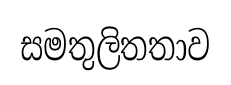
සමතුලිතතාව